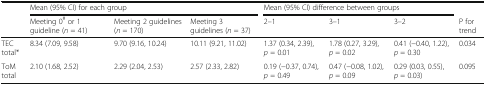
<table><thead><tr><td>[EMPTY_CELL]</td><td colspan="3"><b>Mean (95% CI) for each group</b></td><td colspan="3"><b>Mean (95% CI) difference between groups</b></td><td>[EMPTY_CELL]</td></tr><tr><td>[EMPTY_CELL]</td><td><b>Meeting 0<sup>#</sup> or 1 guideline (<i>n</i> = 41)</b></td><td><b>Meeting 2 guidelines (<i>n</i> = 170)</b></td><td><b>Meeting 3 guidelines (<i>n</i> = 37)</b></td><td><b>2–1</b></td><td><b>3–1</b></td><td><b>3–2</b></td><td><b>P for trend</b></td></tr></thead><tbody><tr><td>TEC total*</td><td>8.34 (7.09, 9.58)</td><td>9.70 (9.16, 10.24)</td><td>10.11 (9.21, 11.02)</td><td>1.37 (0.34, 2.39), <i>p</i> = 0.01</td><td>1.78 (0.27, 3.29), <i>p</i> = 0.02</td><td>0.41 (−0.40, 1.22), <i>p</i> = 0.30</td><td>0.034</td></tr><tr><td>ToM total</td><td>2.10 (1.68, 2.52)</td><td>2.29 (2.04, 2.53)</td><td>2.57 (2.33, 2.82)</td><td>0.19 (−0.37, 0.74), <i>p</i> = 0.49</td><td>0.47 (−0.08, 1.02), <i>p</i> = 0.09</td><td>0.29 (0.03, 0.55), <i>p</i> = 0.03)</td><td>0.095</td></tr></tbody></table>